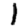
Digit: 1